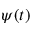
\psi ( t )